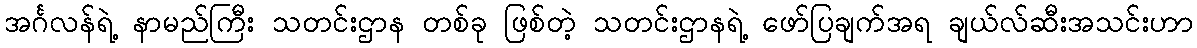
အင်္ဂလန်ရဲ့ နာမည်ကြီး သတင်းဌာန တစ်ခု ဖြစ်တဲ့ သတင်းဌာနရဲ့ ဖော်ပြချက်အရ ချယ်လ်ဆီးအသင်းဟာ